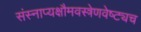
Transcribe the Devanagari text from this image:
संस्नाप्यक्षौमवस्त्रेणवेष्ट्यच